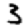
Digit: 3